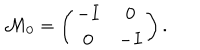
{ \cal M } _ { 0 } = \left( \begin{matrix} { { - I } } & { { 0 } } \\ { { 0 } } & { { - I } } \\ \end{matrix} \right) .